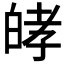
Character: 𤽴